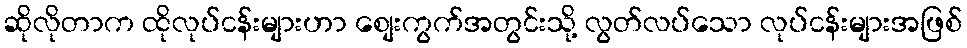
ဆိုလိုတာက ထိုလုပ်ငန်းများဟာ စျေးကွက်အတွင်းသို့ လွတ်လပ်သော လုပ်ငန်းများအဖြစ်